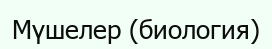
Мүшелер (биология)